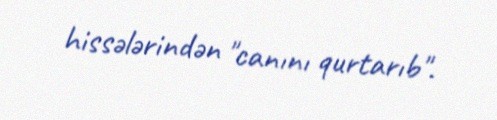
hissələrindən "canını qurtarıb".